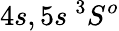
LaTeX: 4s,5s~{^3S^{o}}